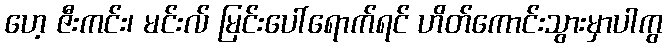
ဟေ့ ဇီးကင်း၊ မင်းလ် မြင်းပေါ်ရောက်ရင် ဟိတ်ကောင်းသွားမှာပါကွ